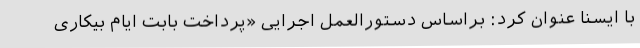
با ایسنا عنوان کرد: براساس دستورالعمل اجرایی «پرداخت بابت ایام بیکاری